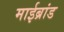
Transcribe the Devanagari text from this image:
माईब्रांड